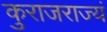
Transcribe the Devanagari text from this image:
कुराजराज्यं